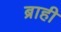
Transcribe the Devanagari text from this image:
ब्राही